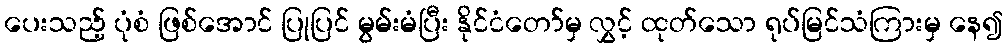
ပေးသည့် ပုံစံ ဖြစ်အောင် ပြုပြင် မွမ်းမံပြီး နိုင်ငံတော်မှ လွှင့် ထုတ်သော ရုပ်မြင်သံကြားမှ နေ၍